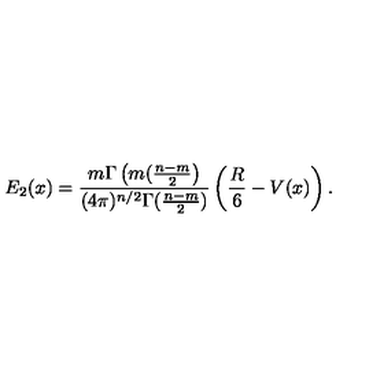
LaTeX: E _ { 2 } ( x ) = \frac { m \Gamma \left( m ( \frac { n - m } { 2 } \right) } { ( 4 \pi ) ^ { n / 2 } \Gamma ( \frac { n - m } { 2 } ) } \left( \frac { R } { 6 } - V ( x ) \right) .